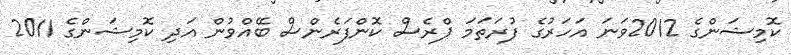
ކޮމިޝަންގެ 2012ވަނަ އަހަރުގެ ފުރަތަމަ ޕްރެސް ކޮންފަރެންސް ބޭއްވުން އަދި ކޮމިޝަންގެ 2011